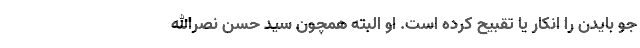
جو بایدن را انکار یا تقبیح کرده است. او البته همچون سید حسن نصر‌الله